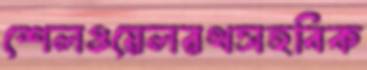
শেলওয়েলরথসহবিক